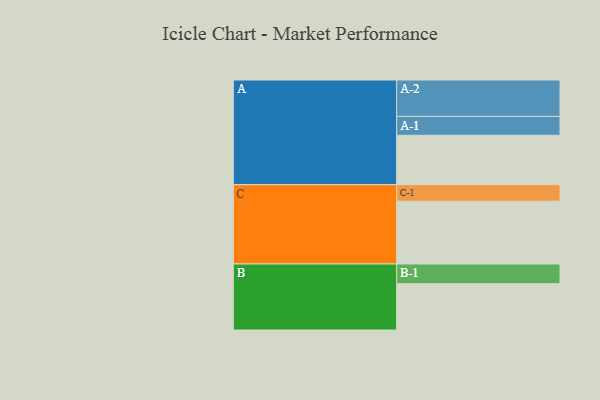
{"axis": {"x": "Segment", "y": "Value"}, "legend": ["", "A", "B", "C"], "data": [{"x": "A", "y": 369, "type": ""}, {"x": "B", "y": 346, "type": ""}, {"x": "C", "y": 469, "type": ""}, {"x": "A-1", "y": 141, "type": "A"}, {"x": "A-2", "y": 272, "type": "A"}, {"x": "B-1", "y": 147, "type": "B"}, {"x": "C-1", "y": 123, "type": "C"}]}